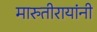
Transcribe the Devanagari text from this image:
मारुतीरायांनी